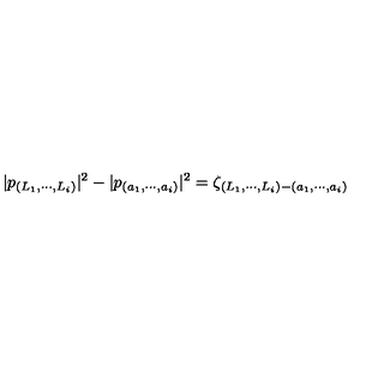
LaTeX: | p _ { ( L _ { 1 } , \cdots , L _ { i } ) } | ^ { 2 } - | p _ { ( a _ { 1 } , \cdots , a _ { i } ) } | ^ { 2 } = \zeta _ { ( L _ { 1 } , \cdots , L _ { i } ) - ( a _ { 1 } , \cdots , a _ { i } ) }